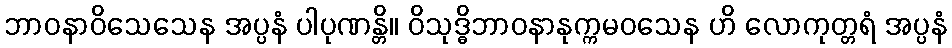
ဘာဝနာဝိသေသေန အပ္ပနံ ပါပုဏန္တိ။ ဝိသုဒ္ဓိဘာဝနာနုက္ကမဝသေန ဟိ လောကုတ္တရံ အပ္ပနံ